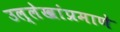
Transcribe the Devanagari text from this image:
उल्लेखांप्रमाणे